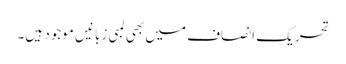
تحریک انصاف میں بھی لمبی زبانیں موجود ہیں۔